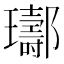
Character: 𨟢